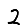
Digit: 2